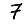
Digit: 7